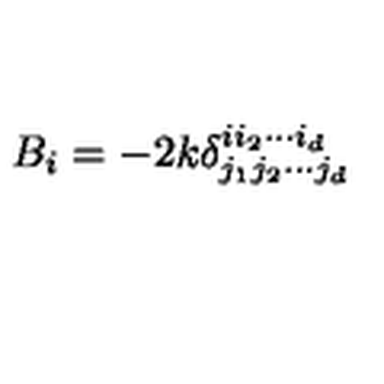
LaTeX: B _ { i } = - 2 k \delta _ { j _ { 1 } j _ { 2 } \cdots j _ { d } } ^ { i i _ { 2 } \cdots i _ { d } } \,